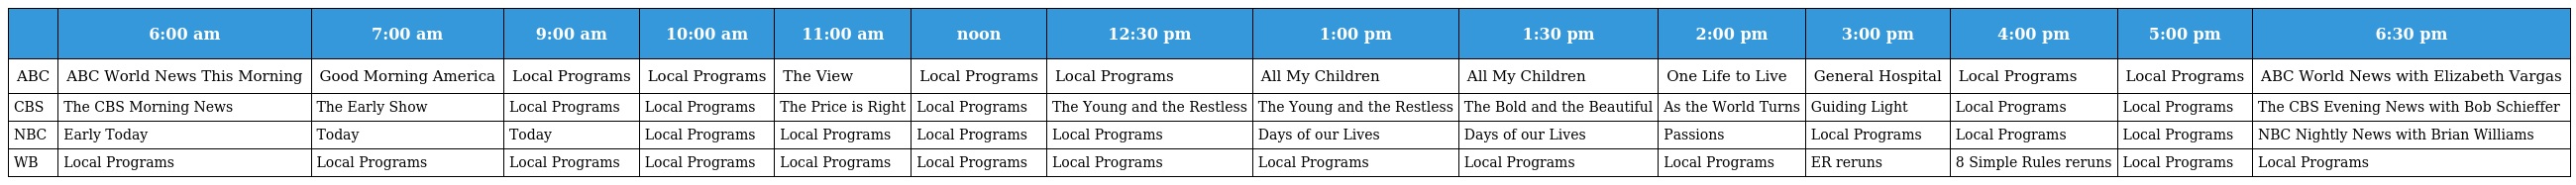
|  | 6:00 am | 7:00 am | 9:00 am | 10:00 am | 11:00 am | noon | 12:30 pm | 1:00 pm | 1:30 pm | 2:00 pm | 3:00 pm | 4:00 pm | 5:00 pm | 6:30 pm |
 | --- | --- | --- | --- | --- | --- | --- | --- | --- | --- | --- | --- | --- | --- | --- |
 | ABC | ABC World News This Morning | Good Morning America | Local Programs | Local Programs | The View | Local Programs | Local Programs | All My Children | All My Children | One Life to Live | General Hospital | Local Programs | Local Programs | ABC World News with Elizabeth Vargas |
 | CBS | The CBS Morning News | The Early Show | Local Programs | Local Programs | The Price is Right | Local Programs | The Young and the Restless | The Young and the Restless | The Bold and the Beautiful | As the World Turns | Guiding Light | Local Programs | Local Programs | The CBS Evening News with Bob Schieffer |
 | NBC | Early Today | Today | Today | Local Programs | Local Programs | Local Programs | Local Programs | Days of our Lives | Days of our Lives | Passions | Local Programs | Local Programs | Local Programs | NBC Nightly News with Brian Williams |
 | WB | Local Programs | Local Programs | Local Programs | Local Programs | Local Programs | Local Programs | Local Programs | Local Programs | Local Programs | Local Programs | ER reruns | 8 Simple Rules reruns | Local Programs | Local Programs |